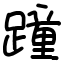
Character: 蹱